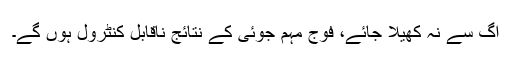
آگ سے نہ کھیلا جائے، فوج مہم جوئی کے نتائج ناقابل کنٹرول ہوں گے۔